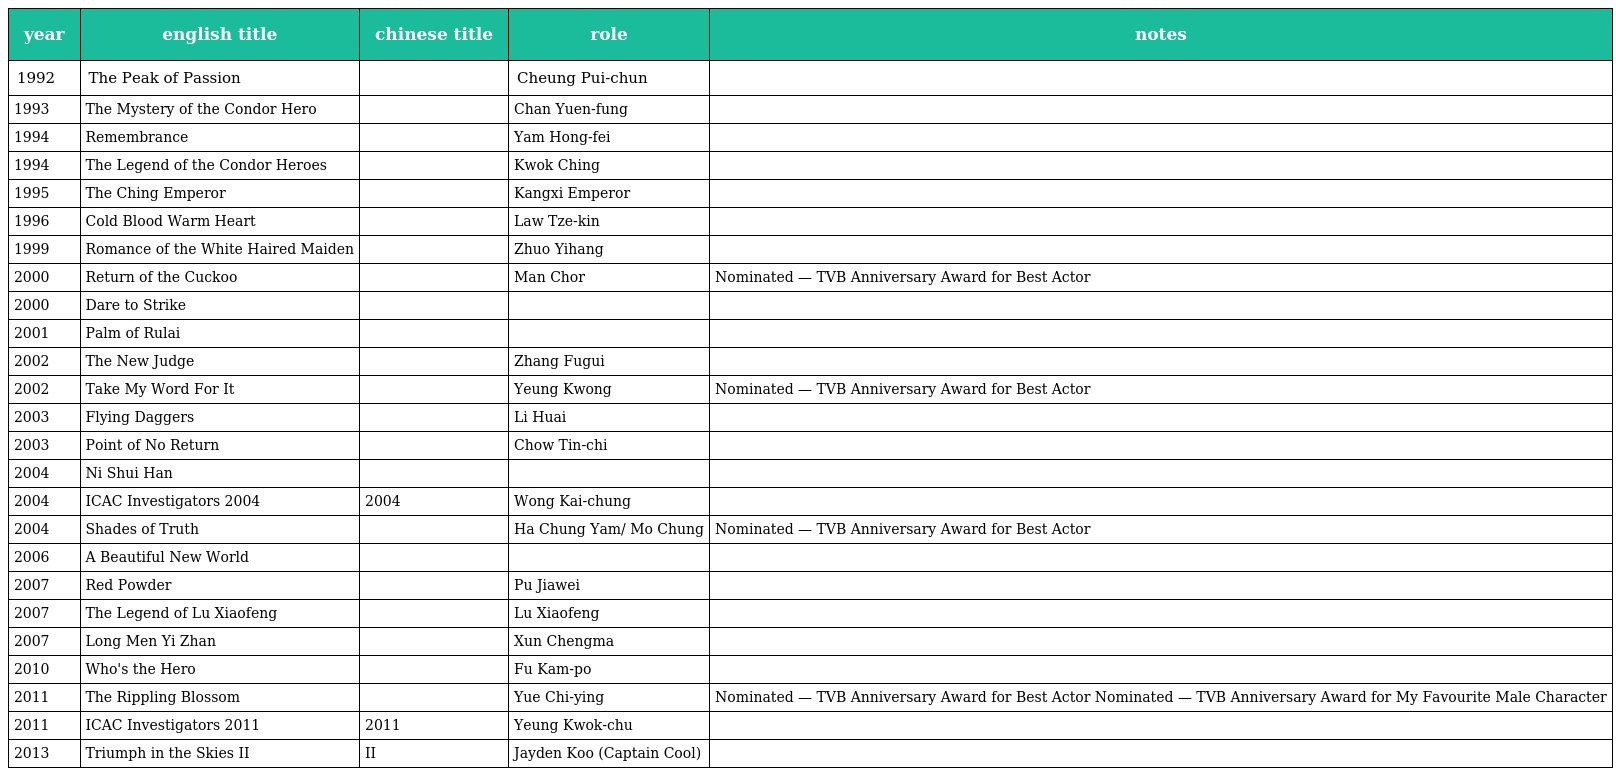
| year | english title | chinese title | role | notes |
 | --- | --- | --- | --- | --- |
 | 1992 | The Peak of Passion | 沖天小子 | Cheung Pui-chun |  |
 | 1993 | The Mystery of the Condor Hero | 射鵰英雄傳之九陰真經 | Chan Yuen-fung |  |
 | 1994 | Remembrance | 黃浦傾情 | Yam Hong-fei |  |
 | 1994 | The Legend of the Condor Heroes | 射鵰英雄傳 | Kwok Ching |  |
 | 1995 | The Ching Emperor | 天子屠龍 | Kangxi Emperor |  |
 | 1996 | Cold Blood Warm Heart | 天地男兒 | Law Tze-kin |  |
 | 1999 | Romance of the White Haired Maiden | 白髮魔女 | Zhuo Yihang |  |
 | 2000 | Return of the Cuckoo | 十月初五的月光 | Man Chor | Nominated — TVB Anniversary Award for Best Actor |
 | 2000 | Dare to Strike | 掃冰者 |  |  |
 | 2001 | Palm of Rulai | 如來神掌 |  |  |
 | 2002 | The New Judge | 草民縣令 | Zhang Fugui |  |
 | 2002 | Take My Word For It | 談判專家 | Yeung Kwong | Nominated — TVB Anniversary Award for Best Actor |
 | 2003 | Flying Daggers | 飛刀又見飛刀 | Li Huai |  |
 | 2003 | Point of No Return | 西關大少 | Chow Tin-chi |  |
 | 2004 | Ni Shui Han | 逆水寒 |  |  |
 | 2004 | ICAC Investigators 2004 | 廉政行動2004 | Wong Kai-chung |  |
 | 2004 | Shades of Truth | 水滸無間道 | Ha Chung Yam/ Mo Chung | Nominated — TVB Anniversary Award for Best Actor |
 | 2006 | A Beautiful New World | 美麗新天地 |  |  |
 | 2007 | Red Powder | 紅粉 | Pu Jiawei |  |
 | 2007 | The Legend of Lu Xiaofeng | 陸小鳳傳奇 | Lu Xiaofeng |  |
 | 2007 | Long Men Yi Zhan | 龍門驛站 | Xun Chengma |  |
 | 2010 | Who's the Hero | 勝者為王 | Fu Kam-po |  |
 | 2011 | The Rippling Blossom | 魚躍在花見 | Yue Chi-ying | Nominated — TVB Anniversary Award for Best Actor Nominated — TVB Anniversary Award for My Favourite Male Character |
 | 2011 | ICAC Investigators 2011 | 廉政行動2011 | Yeung Kwok-chu |  |
 | 2013 | Triumph in the Skies II | 衝上雲霄II | Jayden Koo (Captain Cool) |  |